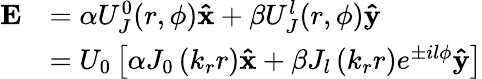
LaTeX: \begin{array}{rl}{\mathbf{E}}&{=\alpha U_{J}^{0}(r,\phi)\mathbf{\hat{x}}+\beta U_{J}^{l}(r,\phi)\mathbf{\hat{y}}}\\ &{=U_{0}\left[\alpha J_{0}\left(k_{r}r\right)\mathbf{\hat{x}}+\beta J_{l}\left(k_{r}r\right)e^{\pm il\phi}\mathbf{\hat{y}}\right]}\end{array}